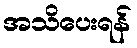
အသိပေးရန်